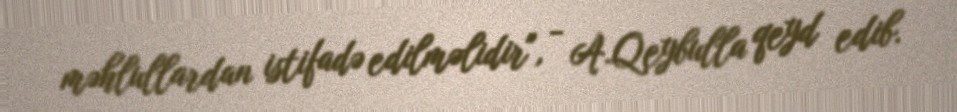
məhlullardan istifadə edilməlidir", - A.Qeybulla qeyd edib.